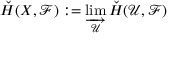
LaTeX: { \check { H } } ( X , { \mathcal { F } } ) : = \varinjlim _ { \mathcal { U } } { \check { H } } ( { \mathcal { U } } , { \mathcal { F } } )